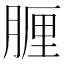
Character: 𦝟